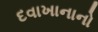
દવાખાનાનો